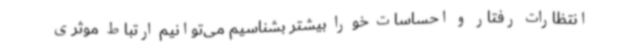
انتظارات رفتار و احساسات خو را بیشتر بشناسیم می‌توانیم ارتباط موثری